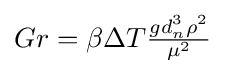
Gr=\beta \Delta T{\tfrac {gd_{n}^{3}\rho ^{2}}{\mu ^{2}}}